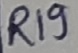
Text: R19